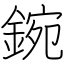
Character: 鋺